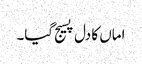
اماں کا دل پسیج گیا۔